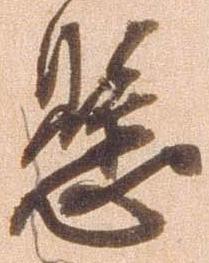
懸